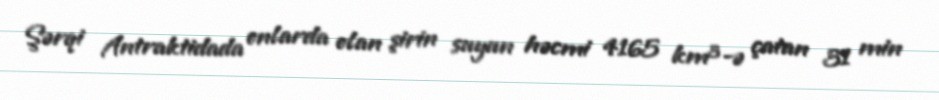
Şərqi Antraktidada onlarda olan şirin suyun həcmi 4165 km³-ə çatan 31 min